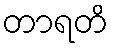
တာရတိ